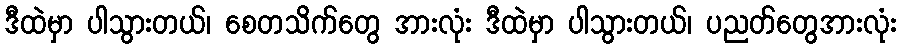
ဒီထဲမှာ ပါသွားတယ်၊ စေတသိက်တွေ အားလုံး ဒီထဲမှာ ပါသွားတယ်၊ ပညတ်တွေအားလုံး